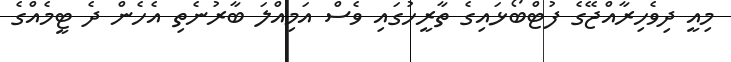
މިއީ ދިވެހިރާއްޖޭގެ ފުޓްބޯޅައިގެ ތާރީހުގައި ވެސް އަމިއްލަ ބާރުނެތި އެހެން ދެ ޓީމެއްގެ